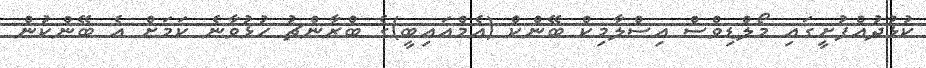
ކުޅުދުއްފުށީގައި މޯލްޑިވްސް އިސްލާމިކް ބޭންކް (އެމްއައިބީ)ގެ ބްރާންޗު ހުޅުވާނެ ކަމަށް އެ ބޭންކުން